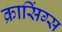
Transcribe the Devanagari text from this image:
क्रासिंग्स